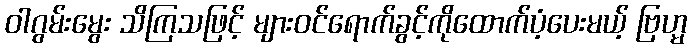
ဝါဂွမ်းမွေး သိကြသဖြင့် များဝင်ရောက်ခွင့်ကိုထောက်ပံ့ပေးမယ့် ဗြဟ္မ